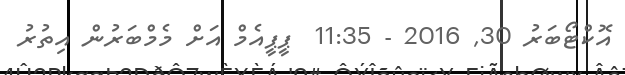
އޮކްޓޯބަރު 30